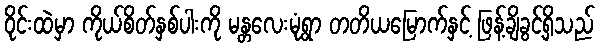
ဝိုင်းထဲမှာ ကိုယ်စိတ်နှစ်ပါးကို မန္တလေးမုံရွာ တတိယမြောက်နှင့် ဖြန့်ချိခွင့်ရှိသည်